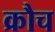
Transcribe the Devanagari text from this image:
क्रौच